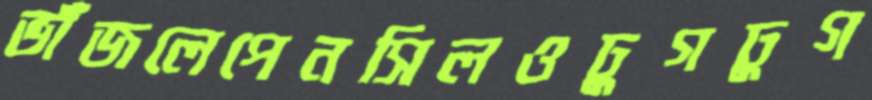
ভাঁজলেপেনসিলওঢুগঢুগ